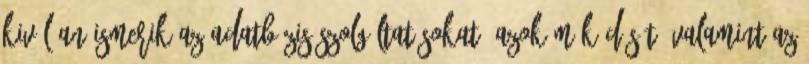
kiválóan ismerik az adatbázis szolgáltatásokat, azok működését, valamint az